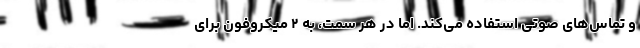
و تماس‌های صوتی استفاده می‌کند. اما در هر سمت، به ۲ میکروفون برای